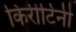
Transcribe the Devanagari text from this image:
किरीटिनी